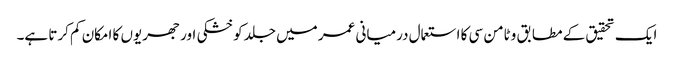
ایک تحقیق کے مطابق وٹامن سی کا استعمال درمیانی عمر میں جلد کو خشکی اور جھریوں کا امکان کم کرتا ہے۔